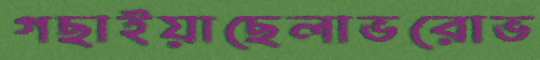
গছাইয়াছেলাভরোভ